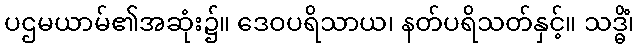
ပဌမယာမ်၏အဆုံး၌။ ဒေဝပရိသာယ၊ နတ်ပရိသတ်နှင့်။ သဒ္ဓိံ၊